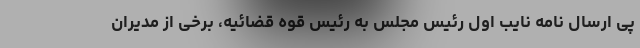
پی ارسال نامه نایب اول رئیس مجلس به رئیس قوه قضائیه، برخی از مدیران